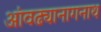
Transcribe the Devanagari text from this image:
आंवढ्यानागनाथ